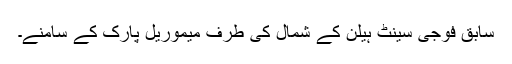
سابق فوجی سینٹ ہیلن کے شمال کی طرف میموریل پارک کے سامنے۔